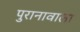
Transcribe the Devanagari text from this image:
पुरानावाला